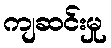
ကျဆင်းမှု